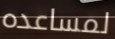
لمساعده